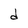
Character: d